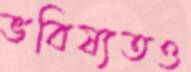
ভবিষ্যতও